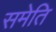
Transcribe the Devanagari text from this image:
समेति